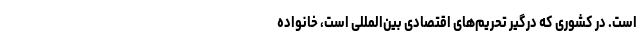
است. در کشوری که درگیر تحریم‌های اقتصادی بین‌المللی است، خانواده